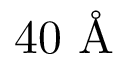
4 0 \textup { \AA }